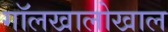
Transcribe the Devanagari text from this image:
गॉलखालोखाल